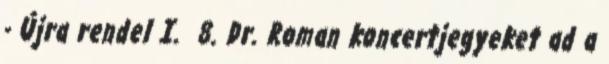
- Újra rendel I. 8. Dr. Roman koncertjegyeket ad a